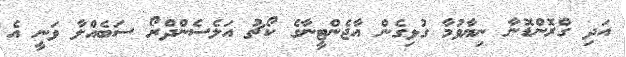
އަދި ގްރޮންޑޮނާ ނިޔާވުމާ ގުޅިގެން އާޖެންޓީނާގެ ކޯޗު އަލެސެންދްރޯ ސަބެއްލާ ވަނީ އެ